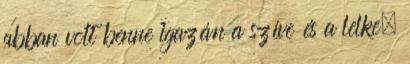
abban volt benne igazán a szíve és a lelke.